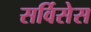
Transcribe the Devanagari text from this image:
सर्विसेस